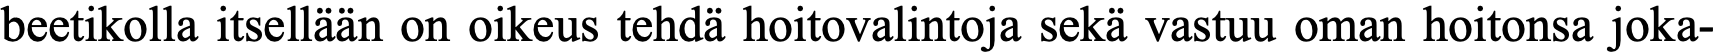
beetikolla itsellään on oikeus tehdä hoitovalintoja sekä vastuu oman hoitonsa joka-